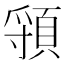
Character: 頱